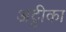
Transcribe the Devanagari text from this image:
अट्टीका